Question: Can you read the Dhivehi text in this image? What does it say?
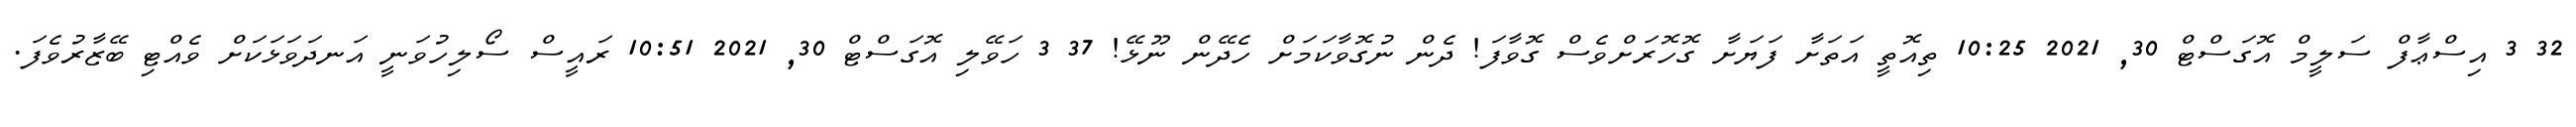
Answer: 32 3 އިސްޢާފް ސަލީމް އޮގަސްޓް 30, 2021 10:25 ތިއޮތީ އަތަށާ ފަޔަށާ ގޮހޮރަށްވެސް ގޮވާފަ! ދެން ނުގޮވާކަމަށް ހެދޭން ނޫޅޭ! 37 3 ހަވޭލި އޮގަސްޓް 30, 2021 10:51 ރައީސް ސޯލިހުވަނީ އަނދަވަޅަކަށް ވެއްޓި ބޭޒާރުވެފަ.